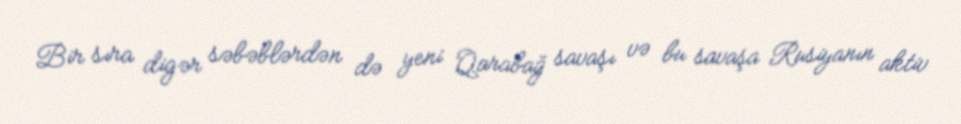
Bir sıra digər səbəblərdən də yeni Qarabağ savaşı və bu savaşa Rusiyanın aktiv